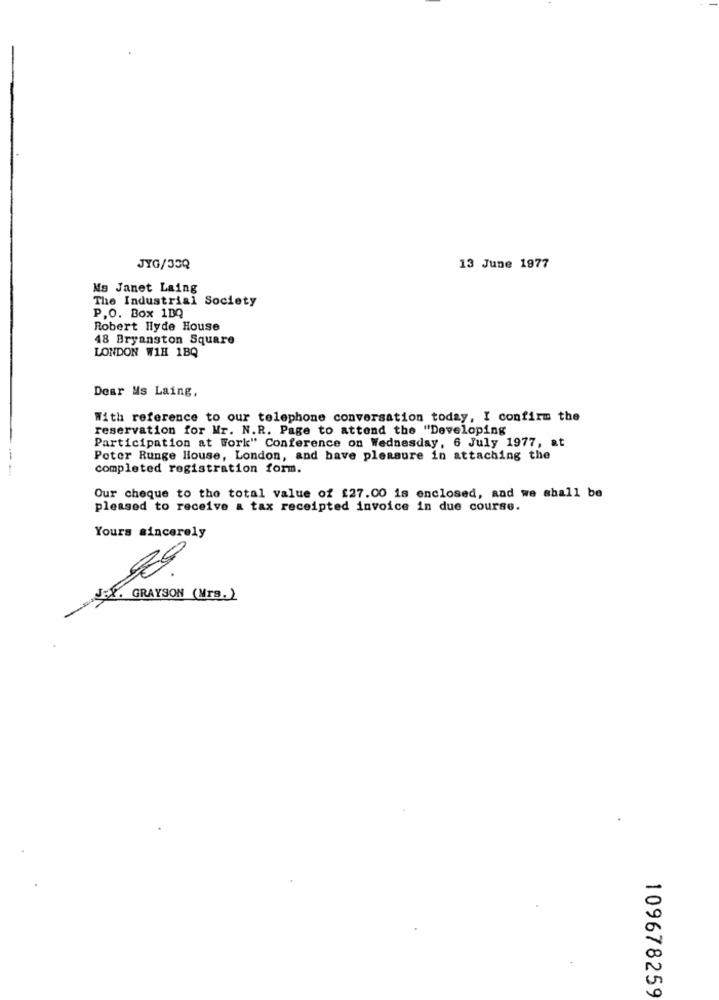
JYG/33Q
13 June 1977
Ms Janet Laing
The Industrial Society
P.O. Box 1BQ
Robert Hlyde House
48 Bryanston Square
LONDON WIH 18Q
Dear Ms Laing,
With reference to our telephone conversation today, I confirm the
reservation for Mr. N.R. Page to attend the "Developing
Participation at Work" Conference on Wednesday, 6 July 1977, at
Poter Runge House, London, and have pleasure in attaching the
completed registration form.
Our cheque to the total value of $27.00 is enclosed, and we shall be
pleased to receive a tax receipted invoice in due course.
Yours sincerely
GRAYSON (Mrs. )
109678259